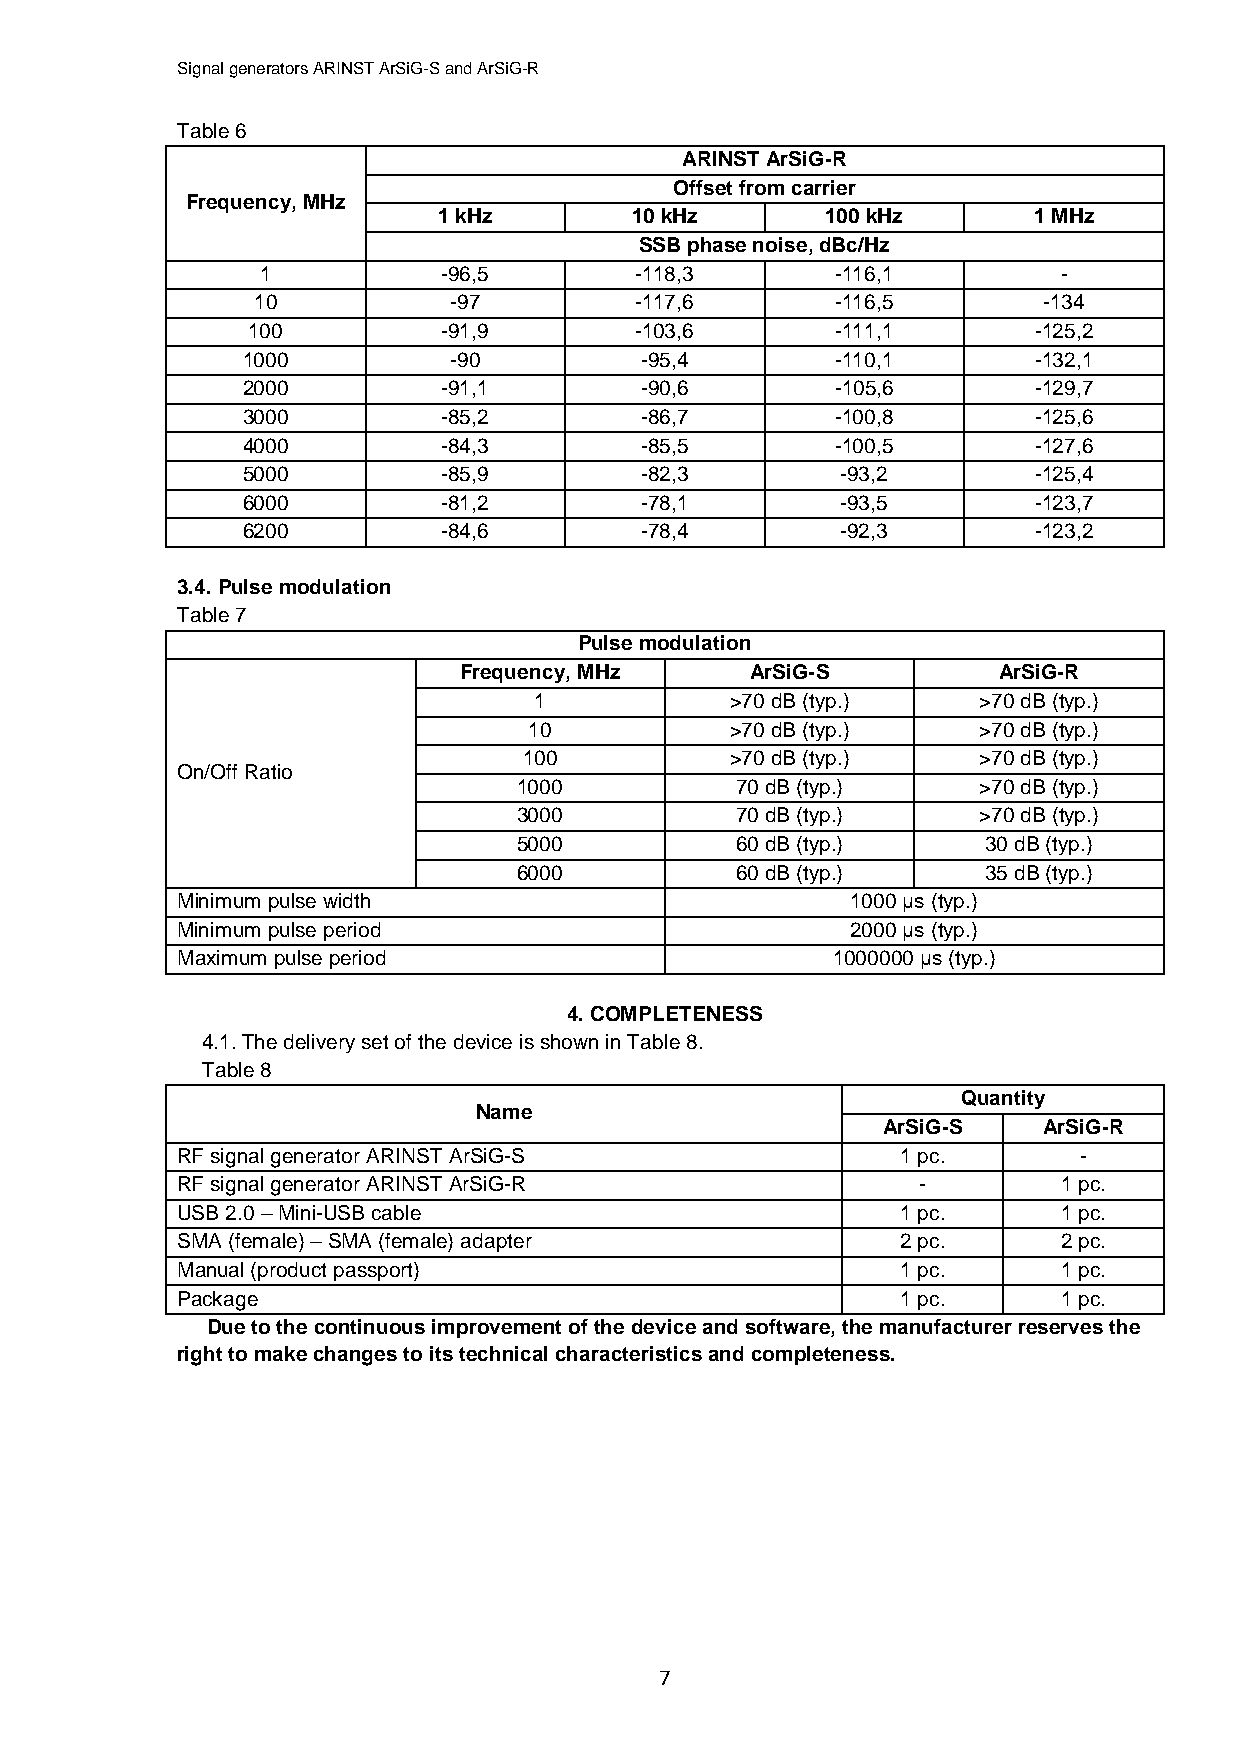
Signal generators ARINST ArSiG-S and ArSiG-R
 Table 6
 ARINST ArSiG-R
 Offset from carrier
 Frequency, MHz
 1 kHz        10 kHz       100 kHz      1 MHz
 SSB phase noise, dBc/Hz
 1           -96,5        -118,3       -116,1         -
 10           -97         -117,6       -116,5        -134
 100          -91,9        -103,6       -111,1       -125,2
 1000          -90         -95,4        -110,1       -132,1
 2000         -91,1        -90,6        -105,6       -129,7
 3000         -85,2        -86,7        -100,8       -125,6
 4000         -84,3        -85,5        -100,5       -127,6
 5000         -85,9        -82,3         -93,2       -125,4
 6000         -81,2        -78,1         -93,5       -123,7
 6200         -84,6        -78,4         -92,3       -123,2
 3.4. Pulse modulation
 Table 7
 Pulse modulation
 Frequency, MHz      ArSiG-S         ArSiG-R
 1            >70 dB (typ.)    >70 dB (typ.)
 10           >70 dB (typ.)    >70 dB (typ.)
 100          >70 dB (typ.)    >70 dB (typ.)
 On/Off Ratio
 1000           70 dB (typ.)    >70 dB (typ.)
 3000           70 dB (typ.)    >70 dB (typ.)
 5000           60 dB (typ.)    30 dB (typ.)
 6000           60 dB (typ.)    35 dB (typ.)
 Minimum pulse width                         1000 µs (typ.)
 Minimum pulse period                        2000 µs (typ.)
 Maximum pulse period                       1000000 µs (typ.)
 4. COMPLETENESS
 4.1. The delivery set of the device is shown in Table 8.
 Table 8
 Quantity
 Name
 ArSiG-S    ArSiG-R
 RF signal generator ARINST ArSiG-S              1 pc.      -
 RF signal generator ARINST ArSiG-R               -        1 pc.
 USB 2.0 – Mini-USB cable                        1 pc.     1 pc.
 SMA (female) – SMA (female) adapter             2 pc.     2 pc.
 Manual (product passport)                       1 pc.     1 pc.
 Package                                         1 pc.     1 pc.
 Due to the continuous improvement of the device and software, the manufacturer reserves the
 right to make changes to its technical characteristics and completeness.
 7